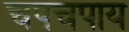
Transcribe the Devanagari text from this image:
चपचपाय